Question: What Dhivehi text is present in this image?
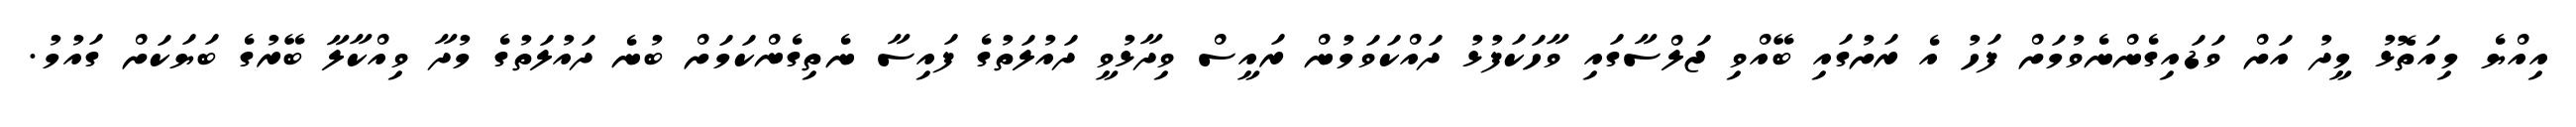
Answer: އިއްޔެ މިއަތޮޅު މީދު އަށް ވަޑައިގެންނެވުމަށް ފަހު އެ ރަށުގައި ބޭއްވި ޖަލްސާގައި ވާހަކަފުޅު ދައްކަވަމުން ރައީސް ވިދާޅުވީ ދައުލަތުގެ ފައިސާ ނެތިގެންކަމަށް ބުނެ ދައުލަތުގެ މުދާ ވިއްކާލާ ބޭރުގެ ބަޔަކަށް ގައުމު.